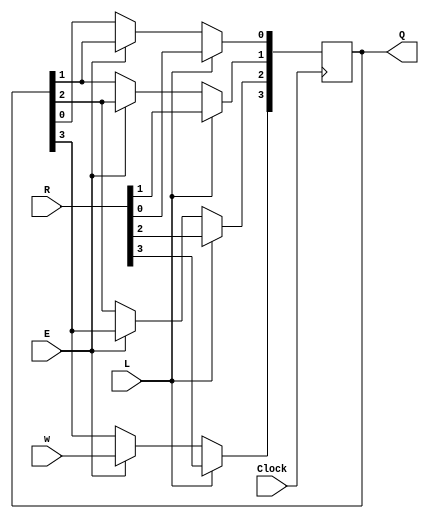
/* left shift register for use in homework 4.
 *
 * Inputs:
 *   R      - input to load into register
 *   L      - signal to load new value
 *   E      - enable signal to shift bits
 *   w      - new bit to shift into register
 *   Clock  - should be connected to a 50 MHz clock
 *
 * Outputs:
 *   Q     - current stored value
 *
 * Parameters:
 *   n     - bit-length of register
 */
module shiftlne (R, L, E, w, Clock, Q);
	parameter n = 4;
	input [n-1:0] R;
	input L, E, w, Clock;
	output reg [n-1:0] Q;
	integer k;

	always @(posedge Clock)
	begin
		if (L)
			Q <= R;
		else if (E)
			begin
				Q[n-1] <= w;
				for (k = n-2; k >= 0; k = k-1)
					Q[k] <= Q[k+1];
			end
	end

endmodule